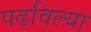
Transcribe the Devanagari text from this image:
पढविल्या